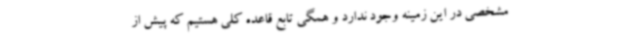
مشخصی در این زمینه وجود ندارد و همگی تابع قاعده کلی هستیم که پیش از